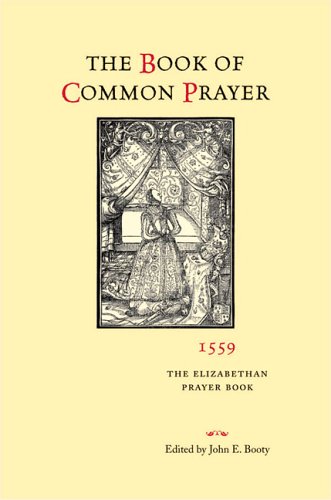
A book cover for The Book of Common Prayer, 1559: The Elizabethan Prayer Book; Christian Books & Bibles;